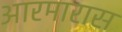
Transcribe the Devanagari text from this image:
आरमारास